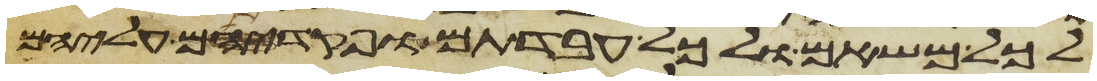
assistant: לכל משאם ולכל עבדתם ופקדתם עליהם